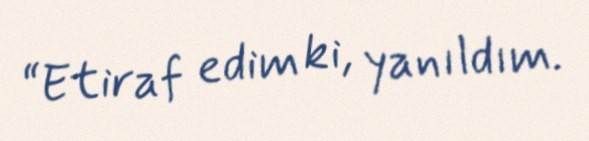
“Etiraf edim ki, yanıldım.